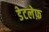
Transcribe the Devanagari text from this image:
डेटलेफ़